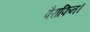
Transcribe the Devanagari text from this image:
पैराफिन।